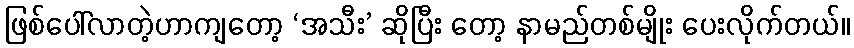
ဖြစ်ပေါ်လာတဲ့ဟာကျတော့ ‘အသီး’ ဆိုပြီး တော့ နာမည်တစ်မျိုး ပေးလိုက်တယ်။